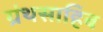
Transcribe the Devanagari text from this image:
ग्रंथसाहिब